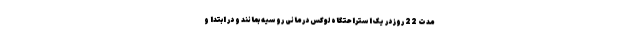
مدت 22 روز در یک استراحتگاه لوکس درمانی روسیه بمانند و در ابتدا و